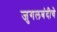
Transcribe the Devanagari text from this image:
जुगलबंदीचे